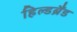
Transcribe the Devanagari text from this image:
हिल्डब्रैंड